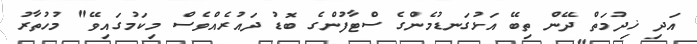
އަދި ޚިދުމަތް ދޭން ތިބޭ އަޅުގަނޑުމެންގެ ސްޓާފުންގެ ބޮޑު ދައުރެއްވެސް މިކަމުގައިވޭ" މުހުތާރު